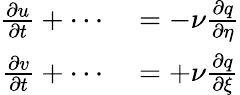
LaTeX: \begin{array}{rl}{\frac{\partial u}{\partial t}+\cdots}&{{}=-\nu\frac{\partial q}{\partial\eta}}\\ {\frac{\partial v}{\partial t}+\cdots}&{{}=+\nu\frac{\partial q}{\partial\xi}}\end{array}